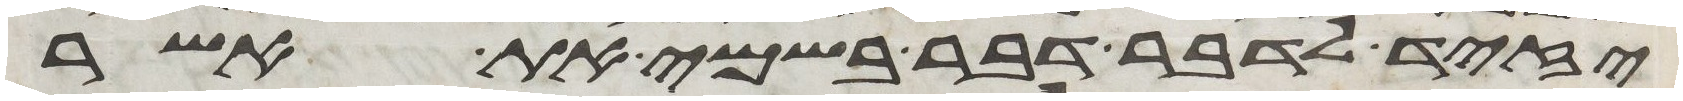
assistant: יזיד לדבר דבר בשמי את אשר